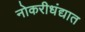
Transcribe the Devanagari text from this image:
नोकरीधंद्यात